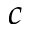
c